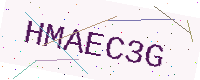
Text: HMAEC3G